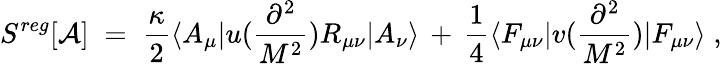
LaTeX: S^{reg}[{\mathcal A}]\; =\; \frac{\kappa}{2}\langle A_{\mu}|u(\frac{\partial^{2}}{M^{2}})R_{\mu\nu}|A_{\nu}\rangle\, +\, \frac{1}{4}\langle F_{\mu\nu}|v(\frac{\partial^{2}}{M^{2}})|F_{\mu\nu}\rangle\; ,